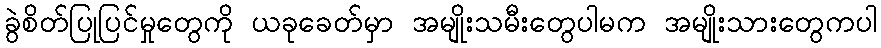
ခွဲစိတ်ပြုပြင်မှုတွေကို ယခုခေတ်မှာ အမျိုးသမီးတွေပါမက အမျိုးသားတွေကပါ